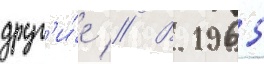
друг'и́е // В 1965